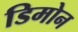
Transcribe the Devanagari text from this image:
डिमोन